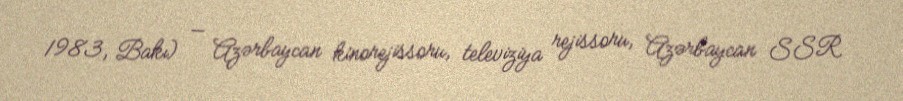
1983, Bakı) — Azərbaycan kinorejissoru, televiziya rejissoru, Azərbaycan SSR